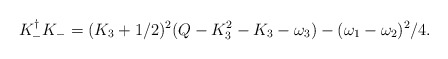
\begin{align*} K_{-}^{\dagger}K_{-}=(K_3+1/2)^2(Q-K_3^2-K_3-\omega_3)-(\omega_1-\omega_2)^2/4.\end{align*}